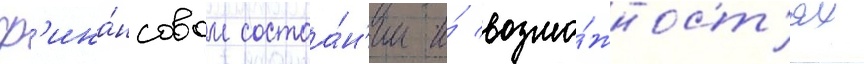
ф'ина́нсовом состоа́н'ии и́ возмо́жност'ях